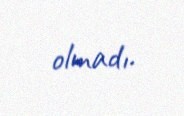
olmadı.